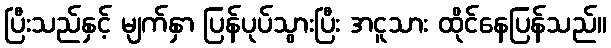
ပြီးသည်နှင့် မျက်နှာ ပြန်ပုပ်သွားပြီး အငူသား ထိုင်နေပြန်သည်။